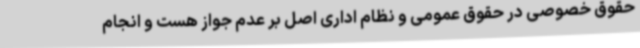
حقوق خصوصی در حقوق عمومی و نظام اداری اصل بر عدم جواز هست و انجام